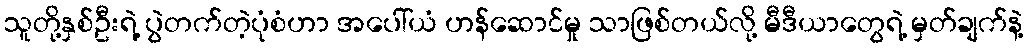
သူတို့နှစ်ဦးရဲ့ ပွဲတက်တဲ့ပုံစံဟာ အပေါ်ယံ ဟန်ဆောင်မှု သာဖြစ်တယ်လို့ မီဒီယာတွေရဲ့ မှတ်ချက်နဲ့